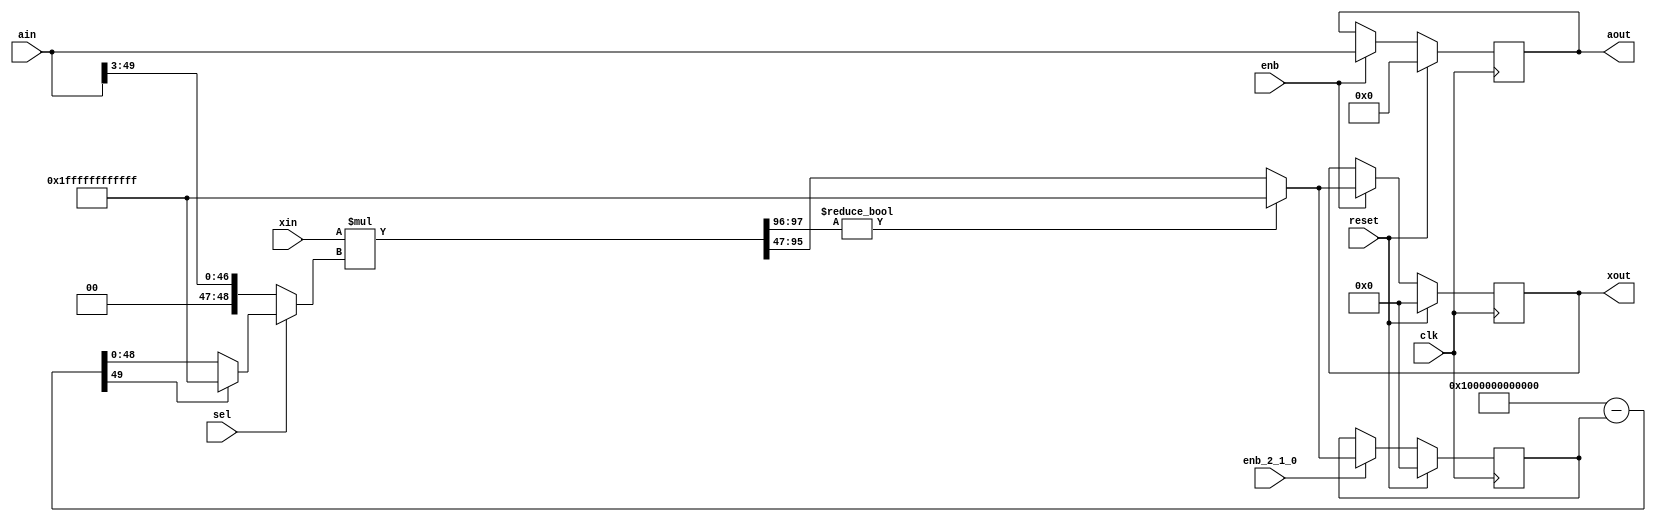
// -------------------------------------------------------------
// 
// 
// Generated by MATLAB 9.5 and HDL Coder 3.13
// 
// -------------------------------------------------------------


// -------------------------------------------------------------
// 
// Module: HDL_Reciprocal_core_block
// Source Path: fourxfour_designfxdpt_givens/fourxfour_designfxdpt/Givens_Boundary_Cell1/HDL Reciprocal/HDL Reciprocal_core
// Hierarchy Level: 3
// 
// -------------------------------------------------------------

`timescale 1 ns / 1 ns

module HDL_Reciprocal_core_block
          (clk,
           reset,
           enb,
           enb_2_1_0,
           xin,
           ain,
           sel,
           xout,
           aout);


  input   clk;
  input   reset;
  input   enb;
  input   enb_2_1_0;
  input   [48:0] xin;  // ufix49_En47
  input   [49:0] ain;  // ufix50_En50
  input   sel;  // ufix1
  output  [48:0] xout;  // ufix49_En47
  output  [49:0] aout;  // ufix50_En50


  wire [48:0] ain_dtc;  // ufix49_En47
  wire [48:0] const2;  // ufix49_En47
  wire [48:0] mulout;  // ufix49_En47
  reg [48:0] delayout;  // ufix49_En47
  wire [49:0] subtractor_sub_cast;  // ufix50_En47
  wire [49:0] subtractor_sub_cast_1;  // ufix50_En47
  wire [49:0] subtractor_sub_temp;  // ufix50_En47
  wire [48:0] subout;  // ufix49_En47
  wire [48:0] muxout;  // ufix49_En47
  wire [97:0] mul1_mul_temp;  // ufix98_En94
  reg [48:0] xout_1;  // ufix49_En47
  reg [49:0] aout_1;  // ufix50_En50

  // Iteration Core of the Recip Implementation using Newton Method


  assign ain_dtc = {2'b0, ain[49:3]};



  assign const2 = 49'h1000000000000;



  always @(posedge clk)
    begin : reg_rsvd_process
      if (reset == 1'b1) begin
        delayout <= 49'h0000000000000;
      end
      else begin
        if (enb_2_1_0) begin
          delayout <= mulout;
        end
      end
    end



  assign subtractor_sub_cast = {1'b0, const2};
  assign subtractor_sub_cast_1 = {1'b0, delayout};
  assign subtractor_sub_temp = subtractor_sub_cast - subtractor_sub_cast_1;
  assign subout = (subtractor_sub_temp[49] != 1'b0 ? 49'h1FFFFFFFFFFFF :
              subtractor_sub_temp[48:0]);



  assign muxout = (sel == 1'b0 ? ain_dtc :
              subout);



  assign mul1_mul_temp = xin * muxout;
  assign mulout = (mul1_mul_temp[97:96] != 2'b00 ? 49'h1FFFFFFFFFFFF :
              mul1_mul_temp[95:47]);



  always @(posedge clk)
    begin : xout_reg_process
      if (reset == 1'b1) begin
        xout_1 <= 49'h0000000000000;
      end
      else begin
        if (enb) begin
          xout_1 <= mulout;
        end
      end
    end



  always @(posedge clk)
    begin : aout_reg_process
      if (reset == 1'b1) begin
        aout_1 <= 50'h0000000000000;
      end
      else begin
        if (enb) begin
          aout_1 <= ain;
        end
      end
    end



  assign xout = xout_1;

  assign aout = aout_1;

endmodule  // HDL_Reciprocal_core_block